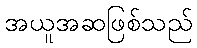
အယူအဆဖြစ်သည်